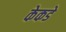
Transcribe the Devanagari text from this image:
केकडे